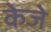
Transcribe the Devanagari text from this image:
केजे